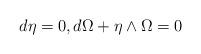
LaTeX: \begin{align*} d\eta=0,d\Omega+\eta\wedge \Omega=0\end{align*}